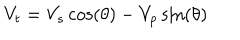
V _ { t } = V _ { s } \cos \left( \theta \right) - V _ { p } \sin \left( \theta \right)